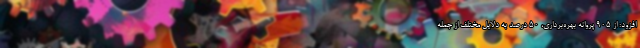
افزود: از ۹۰۵ پروانه بهره‌برداری، ۵۰ درصد به دلایل مختلف از جمله